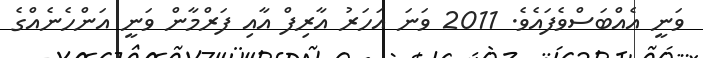
ވަނީ އެއްބަސްވެފައެވެ. 2011 ވަނަ އަހަރު އާރިފް އާއި ފަރްމާން ވަނީ އަންހެނެއްގެ